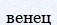
венец